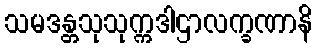
သမဒန္တသုသုက္ကဒါဌာလက္ခဏာနိ